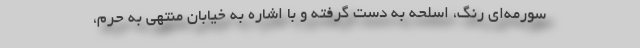
سورمه‌ای رنگ، اسلحه به دست گرفته و با اشاره به خیابان منتهی به حرم،